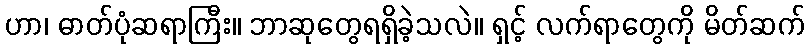
ဟာ၊ ဓာတ်ပုံဆရာကြီး။ ဘာဆုတွေရရှိခဲ့သလဲ။ ရှင့် လက်ရာတွေကို မိတ်ဆက်